Source: Handwritten
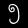
Digit: ၅ (5)